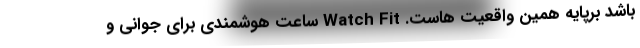
باشد برپایه همین واقعیت هاست. Watch Fit ساعت هوشمندی برای جوانی و